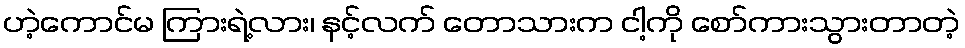
ဟဲ့ကောင်မ ကြားရဲ့လား၊ နင့်လက် တောသားက ငါ့ကို စော်ကားသွားတာတဲ့